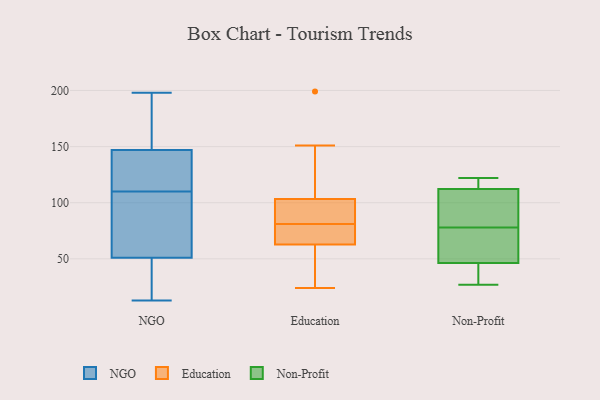
{"axis": {"x": "Latency (ms)", "y": "Value"}, "legend": ["Education", "NGO", "Non-Profit"], "data": [{"x": "", "y": 75, "type": "NGO"}, {"x": "", "y": 132, "type": "NGO"}, {"x": "", "y": 55, "type": "NGO"}, {"x": "", "y": 39, "type": "NGO"}, {"x": "", "y": 14, "type": "NGO"}, {"x": "", "y": 85, "type": "NGO"}, {"x": "", "y": 110, "type": "NGO"}, {"x": "", "y": 129, "type": "NGO"}, {"x": "", "y": 153, "type": "NGO"}, {"x": "", "y": 13, "type": "NGO"}, {"x": "", "y": 14, "type": "NGO"}, {"x": "", "y": 177, "type": "NGO"}, {"x": "", "y": 180, "type": "NGO"}, {"x": "", "y": 145, "type": "NGO"}, {"x": "", "y": 80, "type": "NGO"}, {"x": "", "y": 139, "type": "NGO"}, {"x": "", "y": 198, "type": "NGO"}, {"x": "", "y": 49, "type": "Education"}, {"x": "", "y": 89, "type": "Education"}, {"x": "", "y": 68, "type": "Education"}, {"x": "", "y": 106, "type": "Education"}, {"x": "", "y": 199, "type": "Education"}, {"x": "", "y": 81, "type": "Education"}, {"x": "", "y": 95, "type": "Education"}, {"x": "", "y": 61, "type": "Education"}, {"x": "", "y": 79, "type": "Education"}, {"x": "", "y": 151, "type": "Education"}, {"x": "", "y": 24, "type": "Education"}, {"x": "", "y": 116, "type": "Non-Profit"}, {"x": "", "y": 60, "type": "Non-Profit"}, {"x": "", "y": 49, "type": "Non-Profit"}, {"x": "", "y": 38, "type": "Non-Profit"}, {"x": "", "y": 58, "type": "Non-Profit"}, {"x": "", "y": 27, "type": "Non-Profit"}, {"x": "", "y": 117, "type": "Non-Profit"}, {"x": "", "y": 33, "type": "Non-Profit"}, {"x": "", "y": 78, "type": "Non-Profit"}, {"x": "", "y": 109, "type": "Non-Profit"}, {"x": "", "y": 122, "type": "Non-Profit"}, {"x": "", "y": 109, "type": "Non-Profit"}, {"x": "", "y": 111, "type": "Non-Profit"}]}